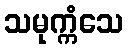
သမုက္ကံသေ